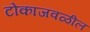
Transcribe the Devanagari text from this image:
टोकाजवळील